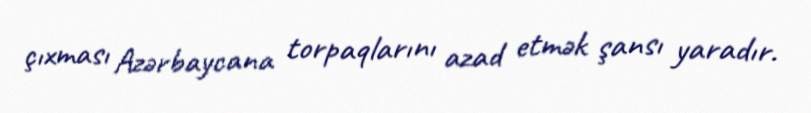
çıxması Azərbaycana torpaqlarını azad etmək şansı yaradır.